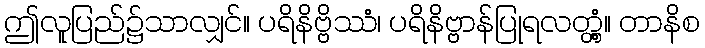
ဤလူပြည်၌သာလျှင်။ ပရိနိဗ္ဗိဿံ၊ ပရိနိဗ္ဗာန်ပြုရလတ္တံ့။ တာနိစ